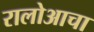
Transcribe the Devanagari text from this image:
रालोआचा